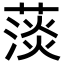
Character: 𦸁